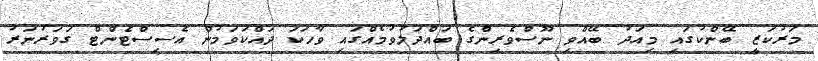
މަރުކަޒީ ބޭންކުގައި މިއަދު ބޭއްވި ނޫސްވެރިންގެ ބައްދަލުވުމެއްގައި ވާހަކަ ދައްކަވަމުން އެސިސްޓެންޓް ގަވަރުނަރު